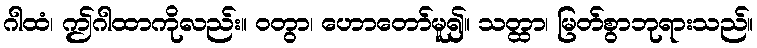
ဂါထံ၊ ဤဂါထာကိုလည်း။ ဝတွာ၊ ဟောတော်မူ၍။ သတ္ထာ၊ မြတ်စွာဘုရားသည်။